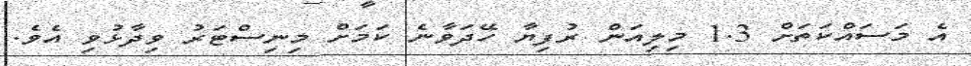
އެ މަސައްކަތަށް 1.3 މިލިއަން ރުފިޔާ ހޭދަވާނެ ކަމަށް މިނިސްޓަރު ވިދާޅުވި އެވެ.